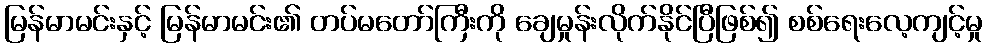
မြန်မာမင်းနှင့် မြန်မာမင်း၏ တပ်မတော်ကြီးကို ချေမှုန်းလိုက်နိုင်ပြီဖြစ်၍ စစ်ရေးလေ့ကျင့်မှု